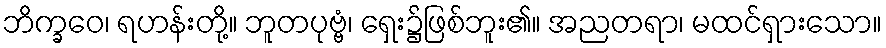
ဘိက္ခဝေ၊ ရဟန်းတို့။ ဘူတပုဗ္ဗံ၊ ရှေး၌ဖြစ်ဘူး၏။ အညတရာ၊ မထင်ရှားသော။